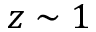
z \sim 1